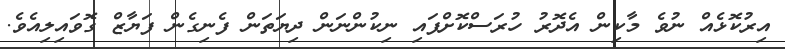
އިރުކޮޅެއް ނުވެ މާކިން އެދޮރު ހުރަސްކޮށްފައި ނިކުންނަން ދިޔަތަން ފެނިގެން ފަޔާޒް ގޮވައިލިއެވެ.